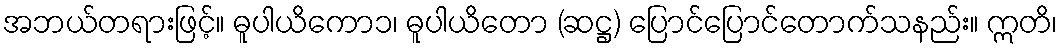
အဘယ်တရားဖြင့်။ ဓူပါယိကော၁၊ ဓူပါယိတော (ဆဋ္ဌ) ပြောင်ပြောင်တောက်သနည်း။ ဣတိ၊